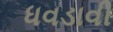
ધવડાવી